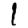
Digit: 1